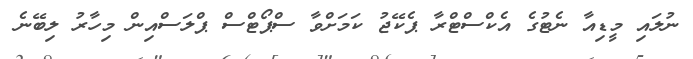
ނުލައި މީޑިއާ ނެޓުގެ އެކްސްޓްރާ ޕެކޭޖު ކަމަށްވާ ސްޕޯޓްސް ޕްލަސްއިން މިހާރު ލިބޭނެ